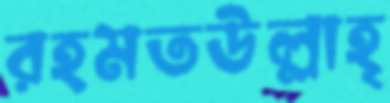
রহমতউল্লাহ্